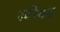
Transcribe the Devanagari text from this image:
स्‍टीवन